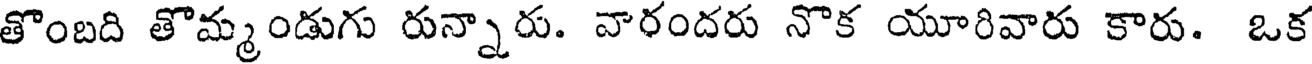
తొంబది తొమ్మండుగు రున్నారు. వారందరు నొక యూరివారు కారు. ఒక